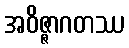
အဝိဇ္ဇာဂတဿ